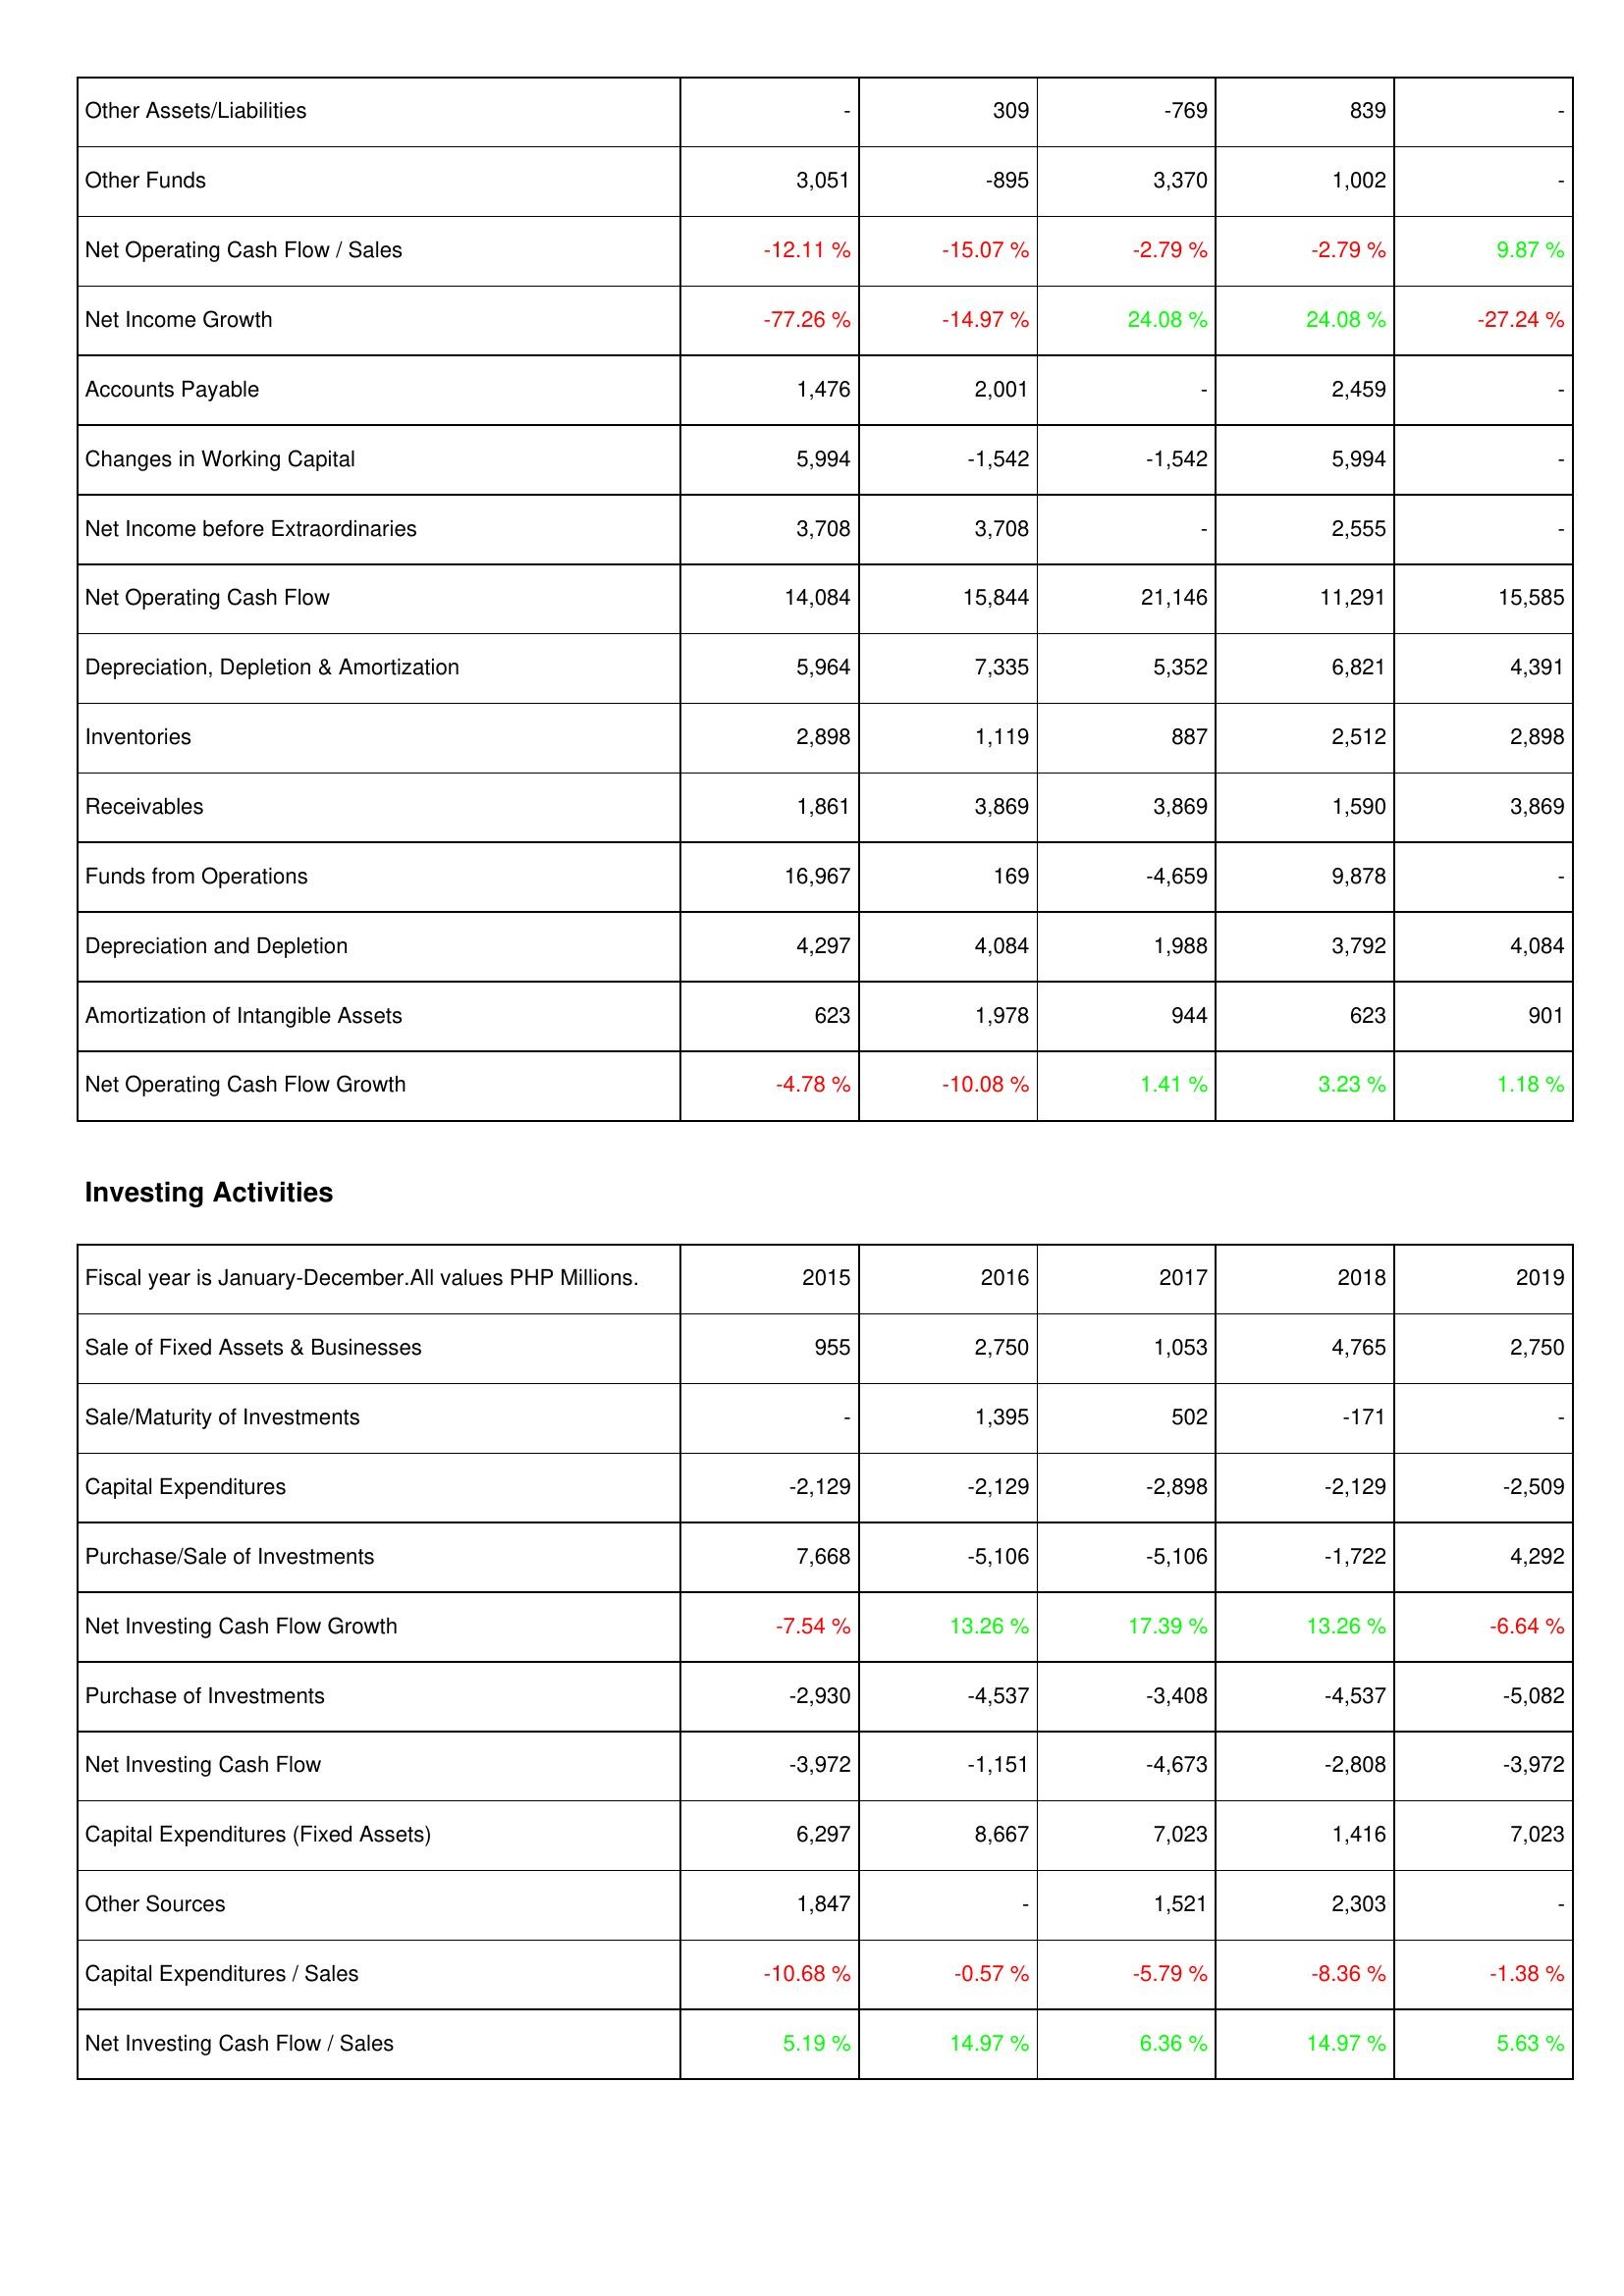
2015: Operating Activities: Other Assets/Liabilities: -
Other Funds: 3,051
Net Operating Cash Flow / Sales: -12.11 %
Net Income Growth: -77.26 %
Accounts Payable: 1,476
Changes in Working Capital: 5,994
Net Income before Extraordinaries: 3,708
Net Operating Cash Flow: 14,084
Depreciation, Depletion & Amortization: 5,964
Inventories: 2,898
Receivables: 1,861
Funds from Operations: 16,967
Depreciation and Depletion: 4,297
Amortization of Intangible Assets: 623
Net Operating Cash Flow Growth: -4.78 %
Investing Activities: Sale of Fixed Assets & Businesses: 955
Sale/Maturity of Investments: -
Capital Expenditures: -2,129
Purchase/Sale of Investments: 7,668
Net Investing Cash Flow Growth: -7.54 %
Purchase of Investments: -2,930
Net Investing Cash Flow: -3,972
Capital Expenditures (Fixed Assets): 6,297
Other Sources: 1,847
Capital Expenditures / Sales: -10.68 %
Net Investing Cash Flow / Sales: 5.19 %
2016: Operating Activities: Other Assets/Liabilities: 309
Other Funds: -895
Net Operating Cash Flow / Sales: -15.07 %
Net Income Growth: -14.97 %
Accounts Payable: 2,001
Changes in Working Capital: -1,542
Net Income before Extraordinaries: 3,708
Net Operating Cash Flow: 15,844
Depreciation, Depletion & Amortization: 7,335
Inventories: 1,119
Receivables: 3,869
Funds from Operations: 169
Depreciation and Depletion: 4,084
Amortization of Intangible Assets: 1,978
Net Operating Cash Flow Growth: -10.08 %
Investing Activities: Sale of Fixed Assets & Businesses: 2,750
Sale/Maturity of Investments: 1,395
Capital Expenditures: -2,129
Purchase/Sale of Investments: -5,106
Net Investing Cash Flow Growth: 13.26 %
Purchase of Investments: -4,537
Net Investing Cash Flow: -1,151
Capital Expenditures (Fixed Assets): 8,667
Other Sources: -
Capital Expenditures / Sales: -0.57 %
Net Investing Cash Flow / Sales: 14.97 %
2017: Operating Activities: Other Assets/Liabilities: -769
Other Funds: 3,370
Net Operating Cash Flow / Sales: -2.79 %
Net Income Growth: 24.08 %
Accounts Payable: -
Changes in Working Capital: -1,542
Net Income before Extraordinaries: -
Net Operating Cash Flow: 21,146
Depreciation, Depletion & Amortization: 5,352
Inventories: 887
Receivables: 3,869
Funds from Operations: -4,659
Depreciation and Depletion: 1,988
Amortization of Intangible Assets: 944
Net Operating Cash Flow Growth: 1.41 %
Investing Activities: Sale of Fixed Assets & Businesses: 1,053
Sale/Maturity of Investments: 502
Capital Expenditures: -2,898
Purchase/Sale of Investments: -5,106
Net Investing Cash Flow Growth: 17.39 %
Purchase of Investments: -3,408
Net Investing Cash Flow: -4,673
Capital Expenditures (Fixed Assets): 7,023
Other Sources: 1,521
Capital Expenditures / Sales: -5.79 %
Net Investing Cash Flow / Sales: 6.36 %
2018: Operating Activities: Other Assets/Liabilities: 839
Other Funds: 1,002
Net Operating Cash Flow / Sales: -2.79 %
Net Income Growth: 24.08 %
Accounts Payable: 2,459
Changes in Working Capital: 5,994
Net Income before Extraordinaries: 2,555
Net Operating Cash Flow: 11,291
Depreciation, Depletion & Amortization: 6,821
Inventories: 2,512
Receivables: 1,590
Funds from Operations: 9,878
Depreciation and Depletion: 3,792
Amortization of Intangible Assets: 623
Net Operating Cash Flow Growth: 3.23 %
Investing Activities: Sale of Fixed Assets & Businesses: 4,765
Sale/Maturity of Investments: -171
Capital Expenditures: -2,129
Purchase/Sale of Investments: -1,722
Net Investing Cash Flow Growth: 13.26 %
Purchase of Investments: -4,537
Net Investing Cash Flow: -2,808
Capital Expenditures (Fixed Assets): 1,416
Other Sources: 2,303
Capital Expenditures / Sales: -8.36 %
Net Investing Cash Flow / Sales: 14.97 %
2019: Operating Activities: Other Assets/Liabilities: -
Other Funds: -
Net Operating Cash Flow / Sales: 9.87 %
Net Income Growth: -27.24 %
Accounts Payable: -
Changes in Working Capital: -
Net Income before Extraordinaries: -
Net Operating Cash Flow: 15,585
Depreciation, Depletion & Amortization: 4,391
Inventories: 2,898
Receivables: 3,869
Funds from Operations: -
Depreciation and Depletion: 4,084
Amortization of Intangible Assets: 901
Net Operating Cash Flow Growth: 1.18 %
Investing Activities: Sale of Fixed Assets & Businesses: 2,750
Sale/Maturity of Investments: -
Capital Expenditures: -2,509
Purchase/Sale of Investments: 4,292
Net Investing Cash Flow Growth: -6.64 %
Purchase of Investments: -5,082
Net Investing Cash Flow: -3,972
Capital Expenditures (Fixed Assets): 7,023
Other Sources: -
Capital Expenditures / Sales: -1.38 %
Net Investing Cash Flow / Sales: 5.63 %